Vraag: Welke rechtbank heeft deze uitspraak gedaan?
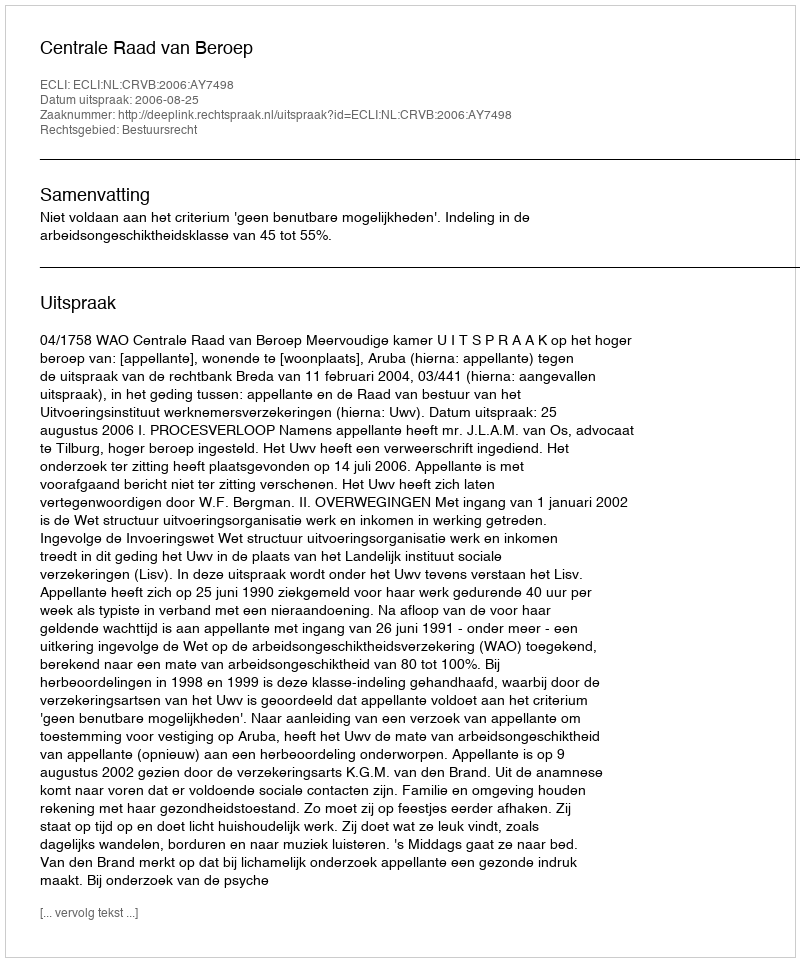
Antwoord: Centrale Raad van Beroep